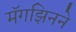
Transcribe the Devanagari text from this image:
मॅगझिनने